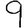
Digit: 9